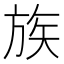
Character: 族